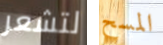
لتشعر المسح